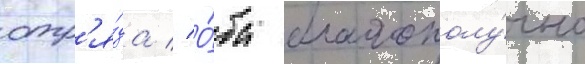
отр'я́да // О́ба благополу́чно